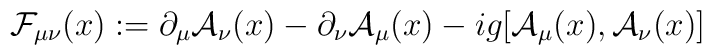
{\cal F}_{\mu\nu}(x)   := \partial_\mu {\cal A}_\nu(x) - \partial_\nu {\cal A}_\mu(x)   - ig [{\cal A}_\mu(x), {\cal A}_\nu(x)]